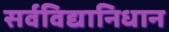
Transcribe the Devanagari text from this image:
सर्वविद्यानिधान